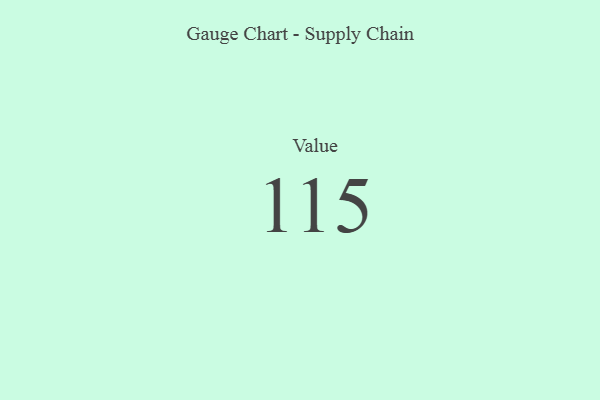
{"axis": {"x": "Metric", "y": "Value"}, "legend": [""], "data": [{"x": "Value", "y": 115, "type": ""}]}